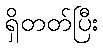
ရှိတတ်ပြီး